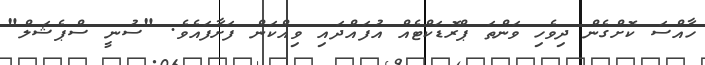
ހާއްސަ ކޮށްގެން ދިވެހި ވަންތަ ޕްރޮޑަކްޓެއް އުފައްދައި ވިއްކަން ފަށާފައެވެ. "ސުނީ ސްޕެޝަލް"